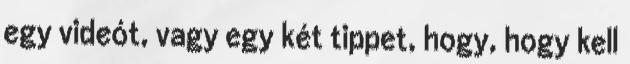
egy videót, vagy egy két tippet, hogy, hogy kell